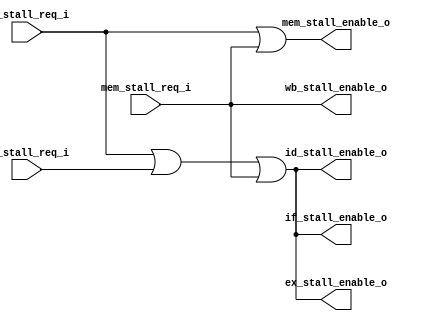
// Manage stall requests & stall enable signals
module StallBus(
    input wire if_stall_req_i,
    input wire id_stall_req_i,
    input wire mem_stall_req_i,

    output wire if_stall_enable_o,
    output wire id_stall_enable_o,
    output wire ex_stall_enable_o,
    output wire mem_stall_enable_o,
    output wire wb_stall_enable_o
);
    // stall all the stages BEFORE a stall requests.
    assign if_stall_enable_o = if_stall_req_i | id_stall_req_i | mem_stall_req_i;
    assign id_stall_enable_o = if_stall_req_i | id_stall_req_i | mem_stall_req_i;
    assign ex_stall_enable_o = if_stall_req_i | id_stall_req_i | mem_stall_req_i;
    assign mem_stall_enable_o= if_stall_req_i | mem_stall_req_i;
    assign wb_stall_enable_o = mem_stall_req_i;
endmodule